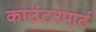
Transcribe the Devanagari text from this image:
काउंटरपार्ट